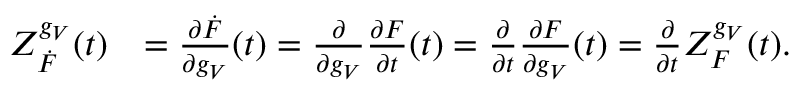
\begin{array} { r l } { Z _ { \Dot { F } } ^ { g _ { V } } ( t ) } & { = \frac { \partial \Dot { F } } { \partial g _ { V } } ( t ) = \frac { \partial } { \partial g _ { V } } \frac { \partial F } { \partial t } ( t ) = \frac { \partial } { \partial t } \frac { \partial F } { \partial g _ { V } } ( t ) = \frac { \partial } { \partial t } Z _ { F } ^ { g _ { V } } ( t ) . } \end{array}